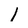
Character: 1